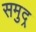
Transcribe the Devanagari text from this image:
समुद्र्